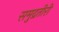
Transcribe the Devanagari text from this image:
समुद्रतीरी